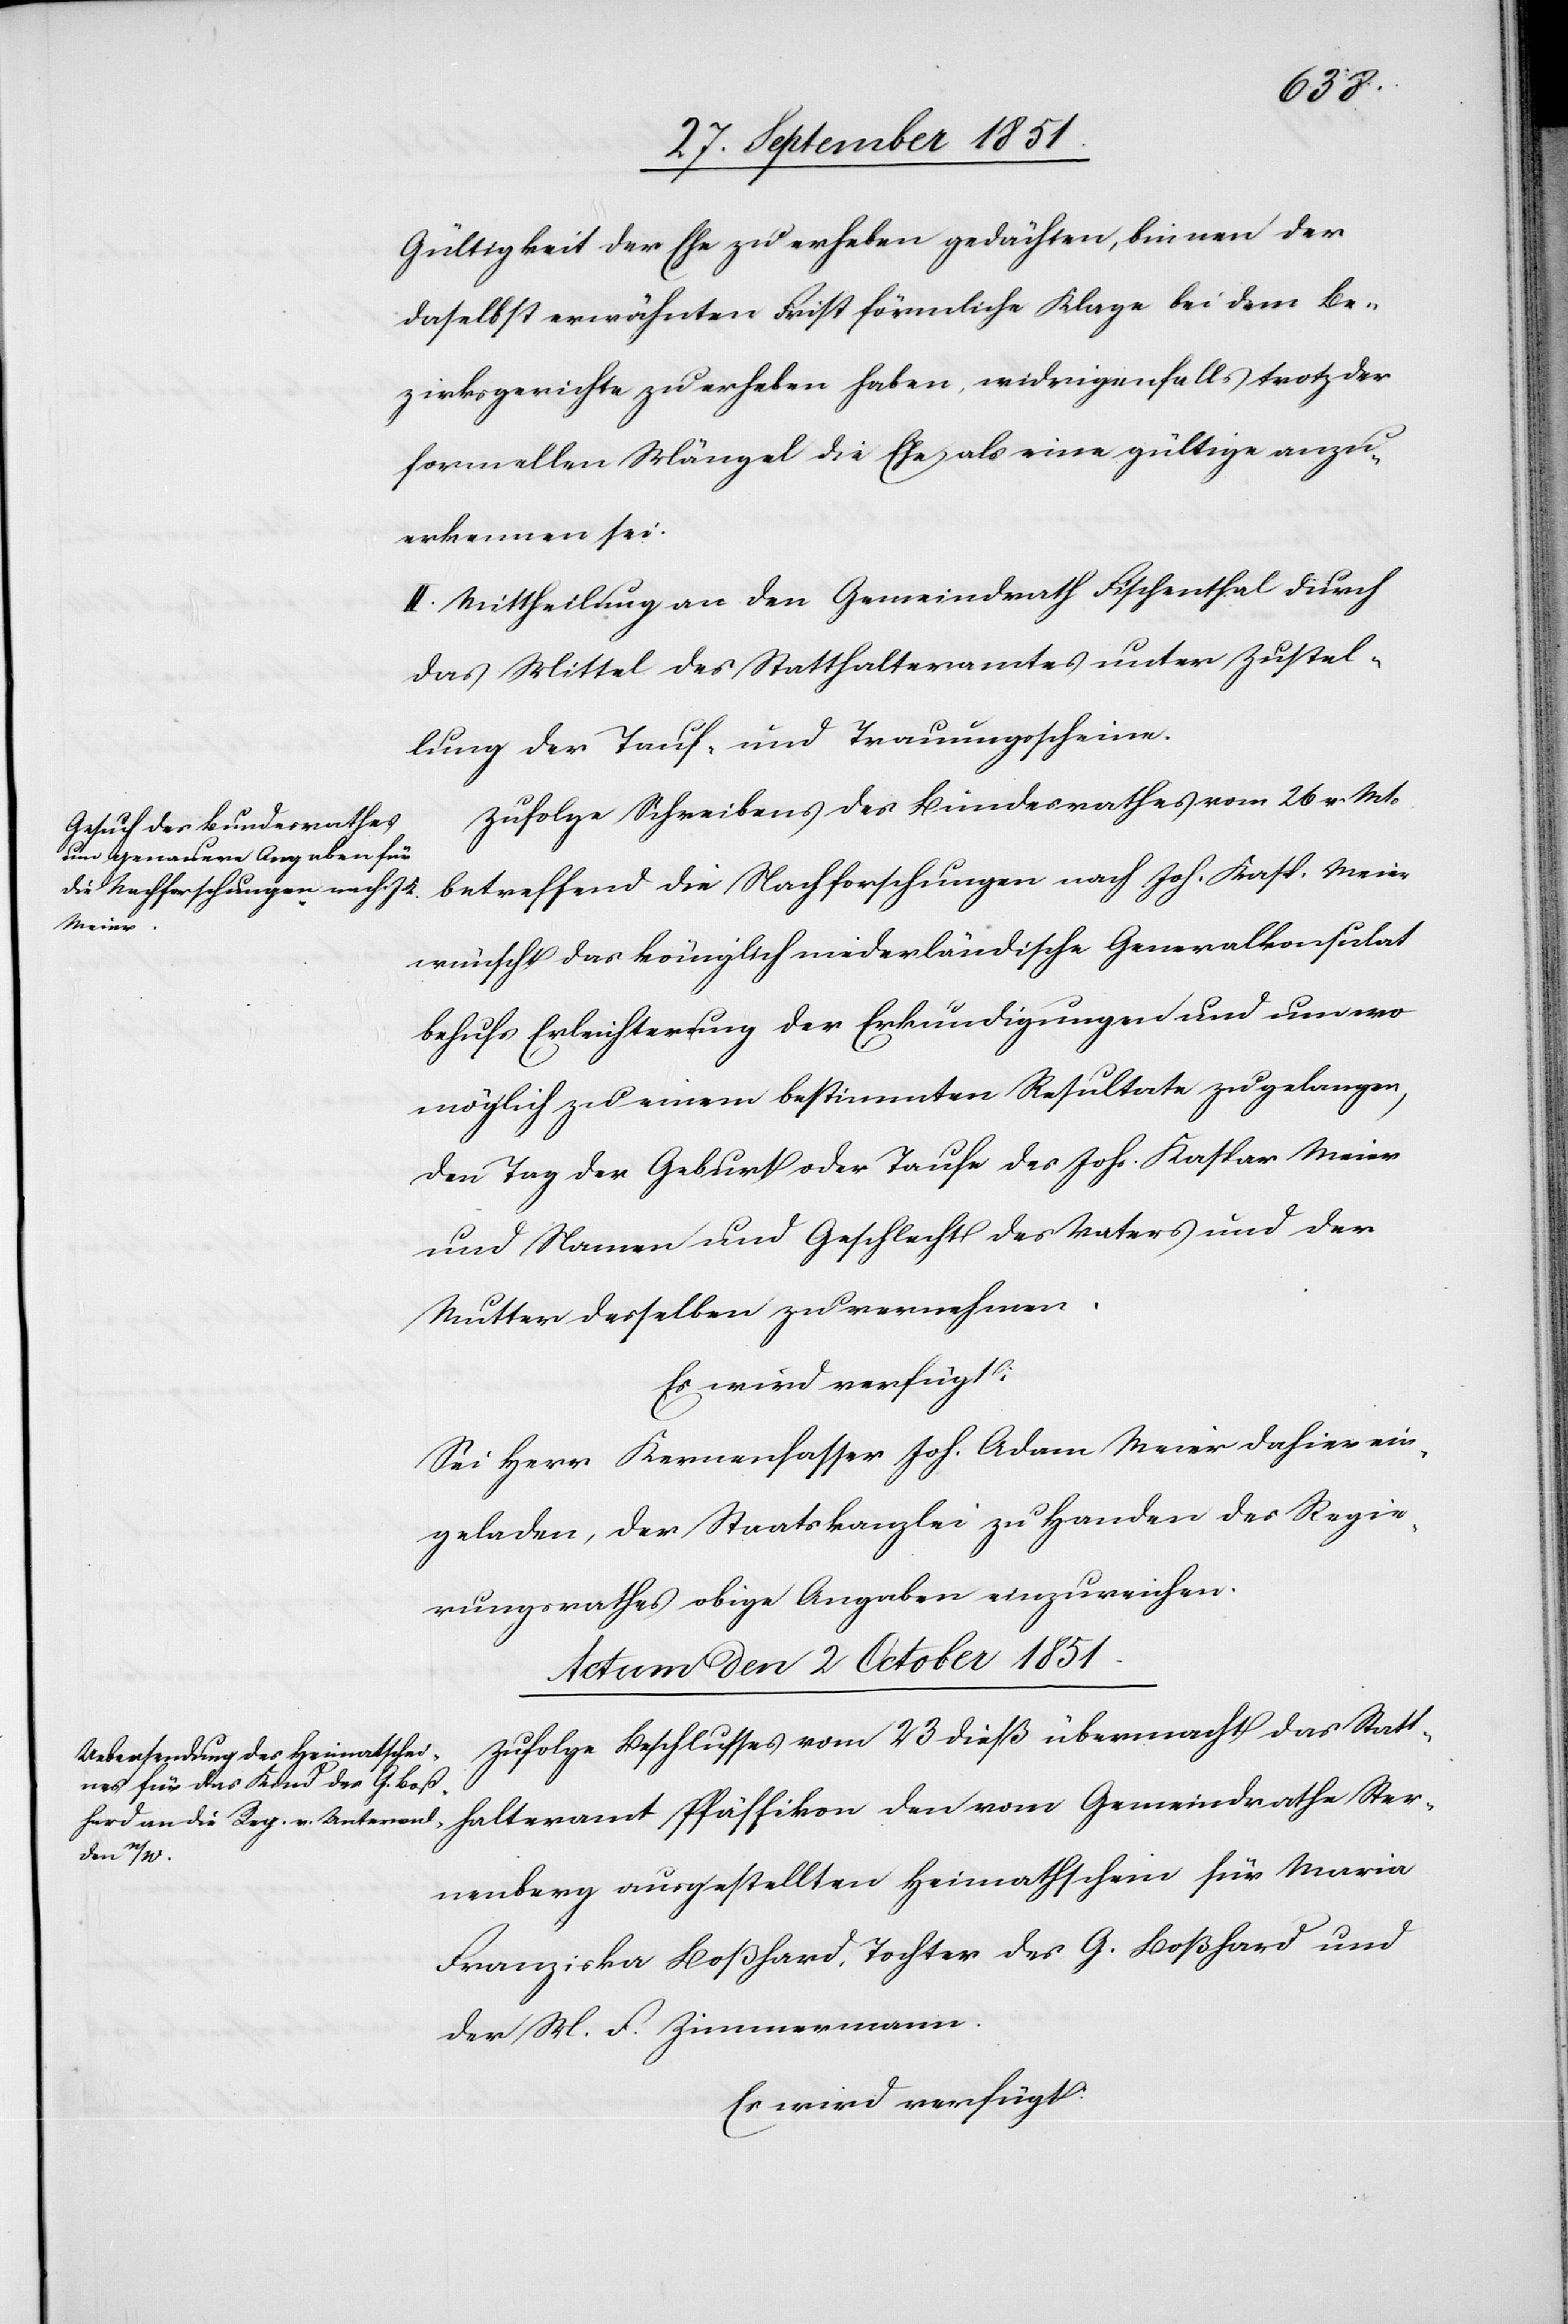
Gültigkeit der Ehe zu erheben gedächten, binnen der
daselbst erwähnten Frist förmliche Klage bei dem Be¬
zirksgerichte zu erheben haben, widrigenfalls trotz der
formellen Mängel die Ehe als eine gültige anzu¬
erkennen sei.
II. Mittheilung an den Gemeindrath Fischenthal durch
das Mittel des Statthalteramtes unter Zustel¬
lung der Tauf- und Trauungsscheine.
Zufolge Schreibens des Bundesrathes vom 26 v. Mts
betreffend die Nachforschungen nach Joh. Kasp. Meier
wünscht das königlich niederländische Generalkonsulat
behufs Erleichterung der Erkundigungen und um wo
möglich zu einem bestimmten Resultate zu gelangen,
den Tag der Geburt oder Taufe des Joh. Kaspar Meier
und Namen und Geschlecht des Vaters und der
Mutter desselben zu vernehmen.
Es wird verfügt:
Sei Herr Kernenfasser Joh. Adam Meier dahier ein¬
geladen, der Staatskanzlei zu Handen des Regie¬
rungsrathes obige Angaben einzureichen.
Actum den 2 October 1851.
Zufolge Beschlusses vom 23 dieß übermacht das Statt¬
halteramt Pfäffikon den vom Gemeindrathe Ster¬
nenberg ausgestellten Heimathschein für Maria
Franziska Boßhard, Tochter des G. Boßhard und
der M. F. Zimmermann.
Es wird verfügt: